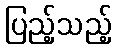
ပြည့်သည့်